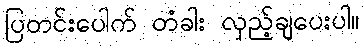
ပြတင်းပေါက် တံခါး လှည့်ချပေးပါ။